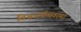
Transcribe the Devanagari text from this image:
विश्वअर्थव्यवस्था